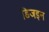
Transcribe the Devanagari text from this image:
डिजइन